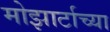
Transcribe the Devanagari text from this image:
मोझार्टाच्या